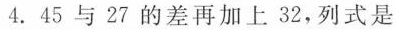
4.45与27的差再加上32，列式是